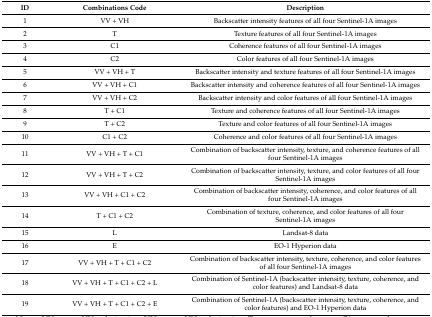
<table><thead><tr><td><b>ID</b></td><td><b>Combinations Code</b></td><td><b>Description</b></td></tr></thead><tbody><tr><td>1</td><td>VV + VH</td><td>Backscatter intensity features of all four Sentinel-1A images</td></tr><tr><td>2</td><td>T</td><td>Texture features of all four Sentinel-1A images</td></tr><tr><td>3</td><td>C1</td><td>Coherence features of all four Sentinel-1A images</td></tr><tr><td>4</td><td>C2</td><td>Color features of all four Sentinel-1A images</td></tr><tr><td>5</td><td>VV + VH + T</td><td>Backscatter intensity and texture features of all four Sentinel-1A images</td></tr><tr><td>6</td><td>VV + VH + C1</td><td>Backscatter intensity and coherence features of all four Sentinel-1A images</td></tr><tr><td>7</td><td>VV + VH + C2</td><td>Backscatter intensity and color features of all four Sentinel-1A images</td></tr><tr><td>8</td><td>T + C1</td><td>Texture and coherence features of all four Sentinel-1A images</td></tr><tr><td>9</td><td>T + C2</td><td>Texture and color features of all four Sentinel-1A images</td></tr><tr><td>10</td><td>C1 + C2</td><td>Coherence and color features of all four Sentinel-1A images</td></tr><tr><td>11</td><td>VV + VH + T + C1</td><td>Combination of backscatter intensity, texture, and coherence features of all four Sentinel-1A images</td></tr><tr><td>12</td><td>VV + VH + T + C2</td><td>Combination of backscatter intensity, texture, and color features of all four Sentinel-1A images</td></tr><tr><td>13</td><td>VV + VH + C1 + C2</td><td>Combination of backscatter intensity, coherence, and color features of all four Sentinel-1A images</td></tr><tr><td>14</td><td>T + C1 + C2</td><td>Combination of texture, coherence, and color features of all four Sentinel-1A images</td></tr><tr><td>15</td><td>L</td><td>Landsat-8 data</td></tr><tr><td>16</td><td>E</td><td>EO-1 Hyperion data </td></tr><tr><td>17</td><td>VV + VH + T + C1 + C2</td><td>Combination of backscatter intensity, texture, coherence, and color features of all four Sentinel-1A images </td></tr><tr><td>18</td><td>VV + VH + T + C1 + C2 + L</td><td>Combination of Sentinel-1A (backscatter intensity, texture, coherence, and color features) and Landsat-8 data</td></tr><tr><td>19</td><td>VV + VH + T + C1 + C2 + E</td><td>Combination of Sentinel-1A (backscatter intensity, texture, coherence, and color features) and EO-1 Hyperion data</td></tr></tbody></table>